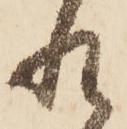
れ